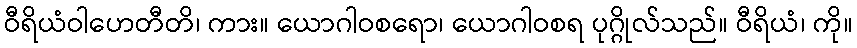
ဝီရိယံဝါဟေတီတိ၊ ကား။ ယောဂါဝစရော၊ ယောဂါဝစရ ပုဂ္ဂိုလ်သည်။ ဝီရိယံ၊ ကို။